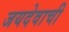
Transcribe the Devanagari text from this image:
जयदेवाची